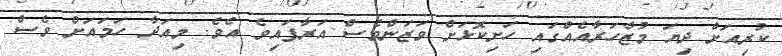
ކުރިއަށް ދިޔަ މުޒާހަރާއެއްގައި ހަށިކޮޅަށް ވަޒަންވެސް އަރާފައިވެ އެވެ. މިއަދާ ހަމައަށް ވެސް